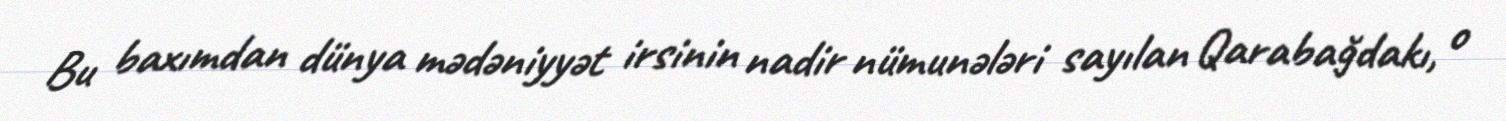
Bu baxımdan dünya mədəniyyət irsinin nadir nümunələri sayılan Qarabağdakı, o